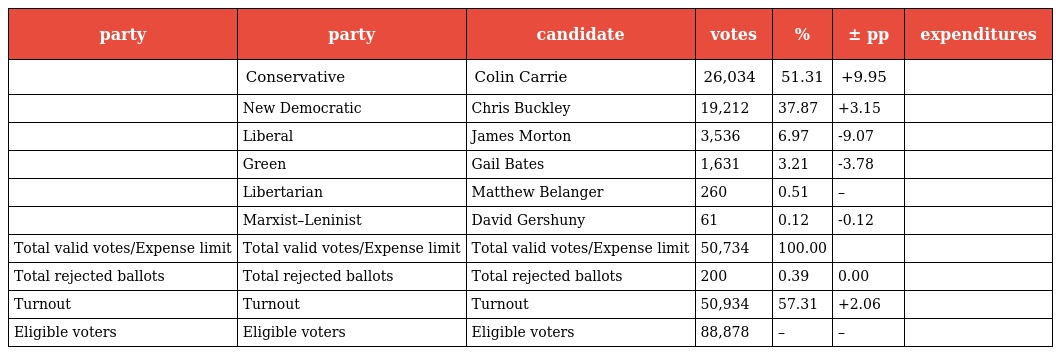
| party | party | candidate | votes | % | ± pp | expenditures |
 | --- | --- | --- | --- | --- | --- | --- |
 |  | Conservative | Colin Carrie | 26,034 | 51.31 | +9.95 |  |
 |  | New Democratic | Chris Buckley | 19,212 | 37.87 | +3.15 |  |
 |  | Liberal | James Morton | 3,536 | 6.97 | -9.07 |  |
 |  | Green | Gail Bates | 1,631 | 3.21 | -3.78 |  |
 |  | Libertarian | Matthew Belanger | 260 | 0.51 | – |  |
 |  | Marxist–Leninist | David Gershuny | 61 | 0.12 | -0.12 |  |
 | Total valid votes/Expense limit | Total valid votes/Expense limit | Total valid votes/Expense limit | 50,734 | 100.00 |  |  |
 | Total rejected ballots | Total rejected ballots | Total rejected ballots | 200 | 0.39 | 0.00 |  |
 | Turnout | Turnout | Turnout | 50,934 | 57.31 | +2.06 |  |
 | Eligible voters | Eligible voters | Eligible voters | 88,878 | – | – |  |